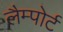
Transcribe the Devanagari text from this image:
लैम्पोर्ट